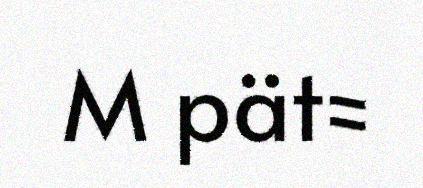
M pät=